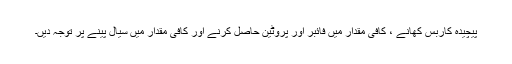
پیچیدہ کاربس کھانے ، کافی مقدار میں فائبر اور پروٹین حاصل کرنے اور کافی مقدار میں سیال پینے پر توجہ دیں۔